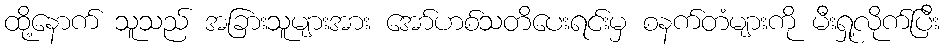
ထို့နောက် သူသည် အခြားသူများအား အော်ဟစ်သတိပေးရင်းမှ စနက်တံများကို မီးရှု့လိုက်ပြီး